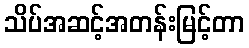
သိပ်အဆင့်အတန်းမြင့်တာ